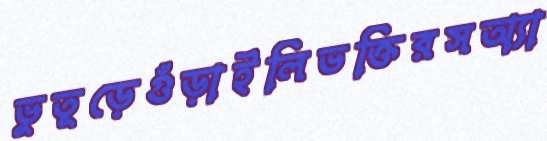
ভুতূড়েগুঁড়াইলিভক্তিরসঅ্যা